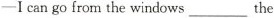
——I can go from the windows ___ the